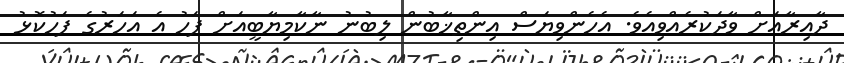
ދާއިރާއަށް ވާދަކުރެއްވިއެވެ. އެހެންވިޔަސް އިންތިޚާބުން ލިބުނު ނާކާމިޔާބީއަށް ފަހު އެ އަހަރުގެ ފަހުކޮޅު